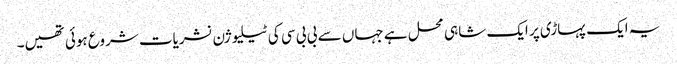
یہ ایک پہاڑی پر ایک شاہی محل ہے جہاں سے بی بی سی کی ٹیلیوژن نشریات شروع ہوئی تھیں۔